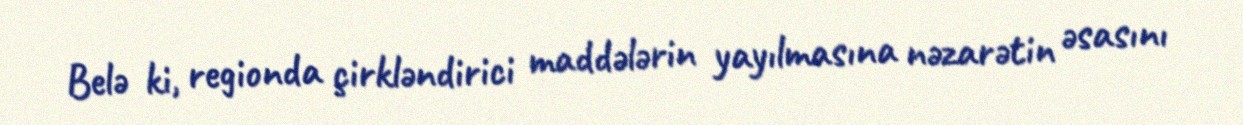
Belə ki, regionda çirkləndirici maddələrin yayılmasına nəzarətin əsasını